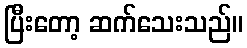
ပြီးတော့ ဆက်သေးသည်။